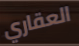
العقاري